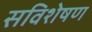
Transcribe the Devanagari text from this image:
सविशेषण